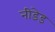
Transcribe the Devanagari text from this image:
नीडेड